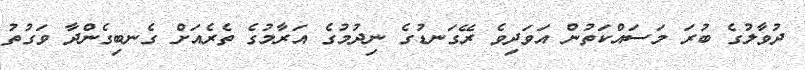
ދުވާލުގެ ބުރަ މަސައްކަތުން އަވަދިވެ ރޭގަނޑުގެ ނިދުމުގެ އަރާމުގެ ތެރެއަށް ގެނބިގެންދާ ވަގުތު